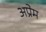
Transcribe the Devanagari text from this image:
अप्रेम